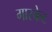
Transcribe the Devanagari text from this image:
गास्केट